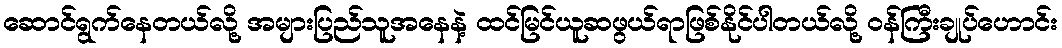
ဆောင်ရွက်နေတယ်လို့ အများပြည်သူအနေနဲ့ ထင်မြင်ယူဆဖွယ်ရာဖြစ်နိုင်ပါတယ်လို့ ဝန်ကြီးချုပ်ဟောင်း